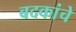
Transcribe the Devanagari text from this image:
बदकांचे